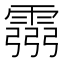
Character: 霛